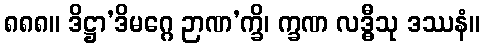
၈၈၈။ ဒိဋ္ဌာ’ဒိမဂ္ဂေ ဉာဏ’က္ခိ၊ က္ခဏ လဒ္ဓီသု ဒဿနံ။